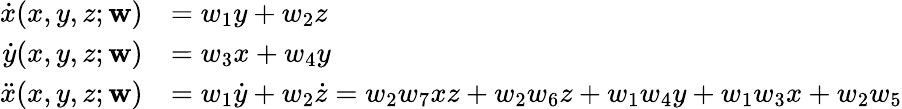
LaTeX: \begin{array}{rl}{\dot{x}(x,y,z;\mathbf{w})}&{=w_{1}y+w_{2}z}\\ {\dot{y}(x,y,z;\mathbf{w})}&{=w_{3}x+w_{4}y}\\ {\ddot{x}(x,y,z;\mathbf{w})}&{=w_{1}\dot{y}+w_{2}\dot{z}=w_{2}w_{7}xz+w_{2}w_{6}z+w_{1}w_{4}y+w_{1}w_{3}x+w_{2}w_{5}}\end{array}